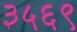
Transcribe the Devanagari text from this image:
३५६९